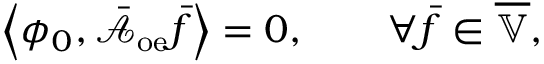
\left\langle \phi _ { 0 } , \bar { \mathcal { A } } _ { \mathrm { o e } } \bar { f } \right\rangle = 0 , \qquad \forall \bar { f } \in \overline { { \mathbb { V } } } ,